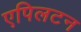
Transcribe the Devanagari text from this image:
एपिलटन